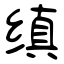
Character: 缜